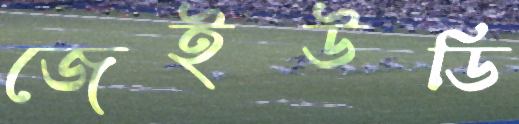
জেইউডি